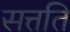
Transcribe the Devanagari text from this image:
सत्तति